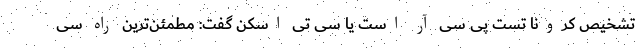
تشخیص کرونا تست پی سی آر است یا سی تی اسکن گفت: مطمئن‌ترین راه سی